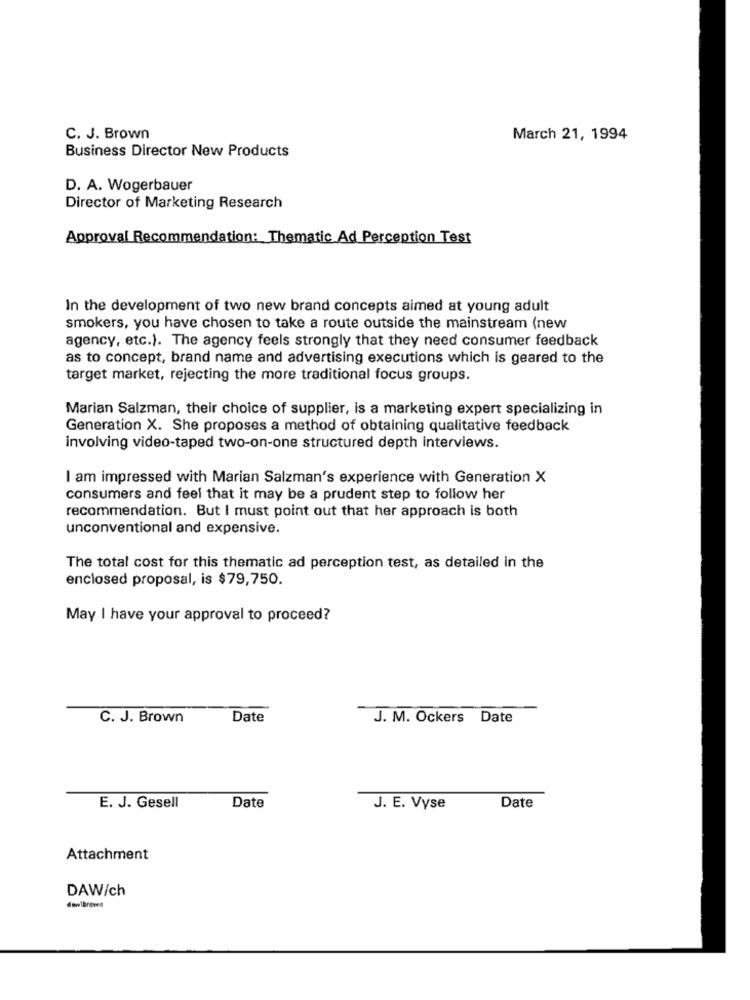
C. J. Brown
March 21, 1994
Business Director New Products
D. A. Wogerbauer
Director of Marketing Research
Approval Recommendation: Thematic Ad Perception Test
In the development of two new brand concepts aimed at young adult
smokers, you have chosen to take a route outside the mainstream (new
agency, etc.). The agency feels strongly that they need consumer feedback
as to concept, brand name and advertising executions which is geared to the
target market, rejecting the more traditional focus groups.
Marian Salzman, their choice of supplier, is a marketing expert specializing in
Generation X. She proposes a method of obtaining qualitative feedback
involving video-taped two-on-one structured depth interviews.
I am impressed with Marian Salzman's experience with Generation X
consumers and feel that it may be a prudent step to follow her
recommendation. But I must point out that her approach is both
unconventional and expensive.
The total cost for this thematic ad perception test, as detailed in the
enclosed proposal, is $79,750.
May I have your approval to proceed?
C. J. Brown
Date
J. M. Ockers Date
E. J. Gesell
Date
J. E. Vyse
Date
Attachment
DAW/ch
dowlbrewen